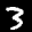
Label: 3